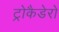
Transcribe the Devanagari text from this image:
ट्रोकैडेरो